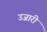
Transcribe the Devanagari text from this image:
उजारी